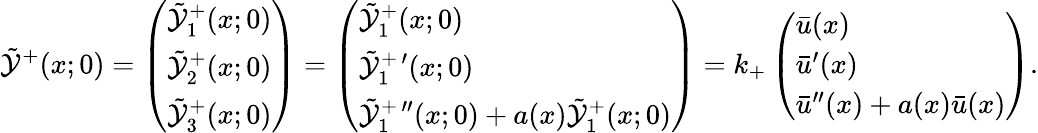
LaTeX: \tilde{\mathcal{Y}}^{+}(x;0)=\left(\begin{array}{l}{\tilde{\mathcal{Y}}_{1}^{+}(x;0)}\\ {\tilde{\mathcal{Y}}_{2}^{+}(x;0)}\\ {\tilde{\mathcal{Y}}_{3}^{+}(x;0)}\end{array}\right)=\left(\begin{array}{l}{\tilde{\mathcal{Y}}_{1}^{+}(x;0)}\\ {\tilde{\mathcal{Y}}_{1}^{+\, \prime}(x;0)}\\ {\tilde{\mathcal{Y}}_{1}^{+\, \prime\prime}(x;0)+a(x)\tilde{\mathcal{Y}}_{1}^{+}(x;0)}\end{array}\right)=k_{+}\left(\begin{array}{l}{\bar{u}(x)}\\ {\bar{u}^{\prime}(x)}\\ {\bar{u}^{\prime\prime}(x)+a(x)\bar{u}(x)}\end{array}\right).